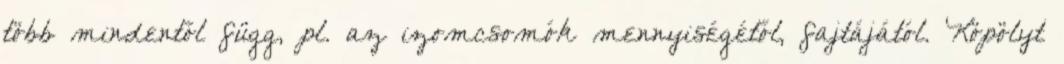
több mindentől függ, pl. az izomcsomók mennyiségétől, fajtájától. Köpölyt